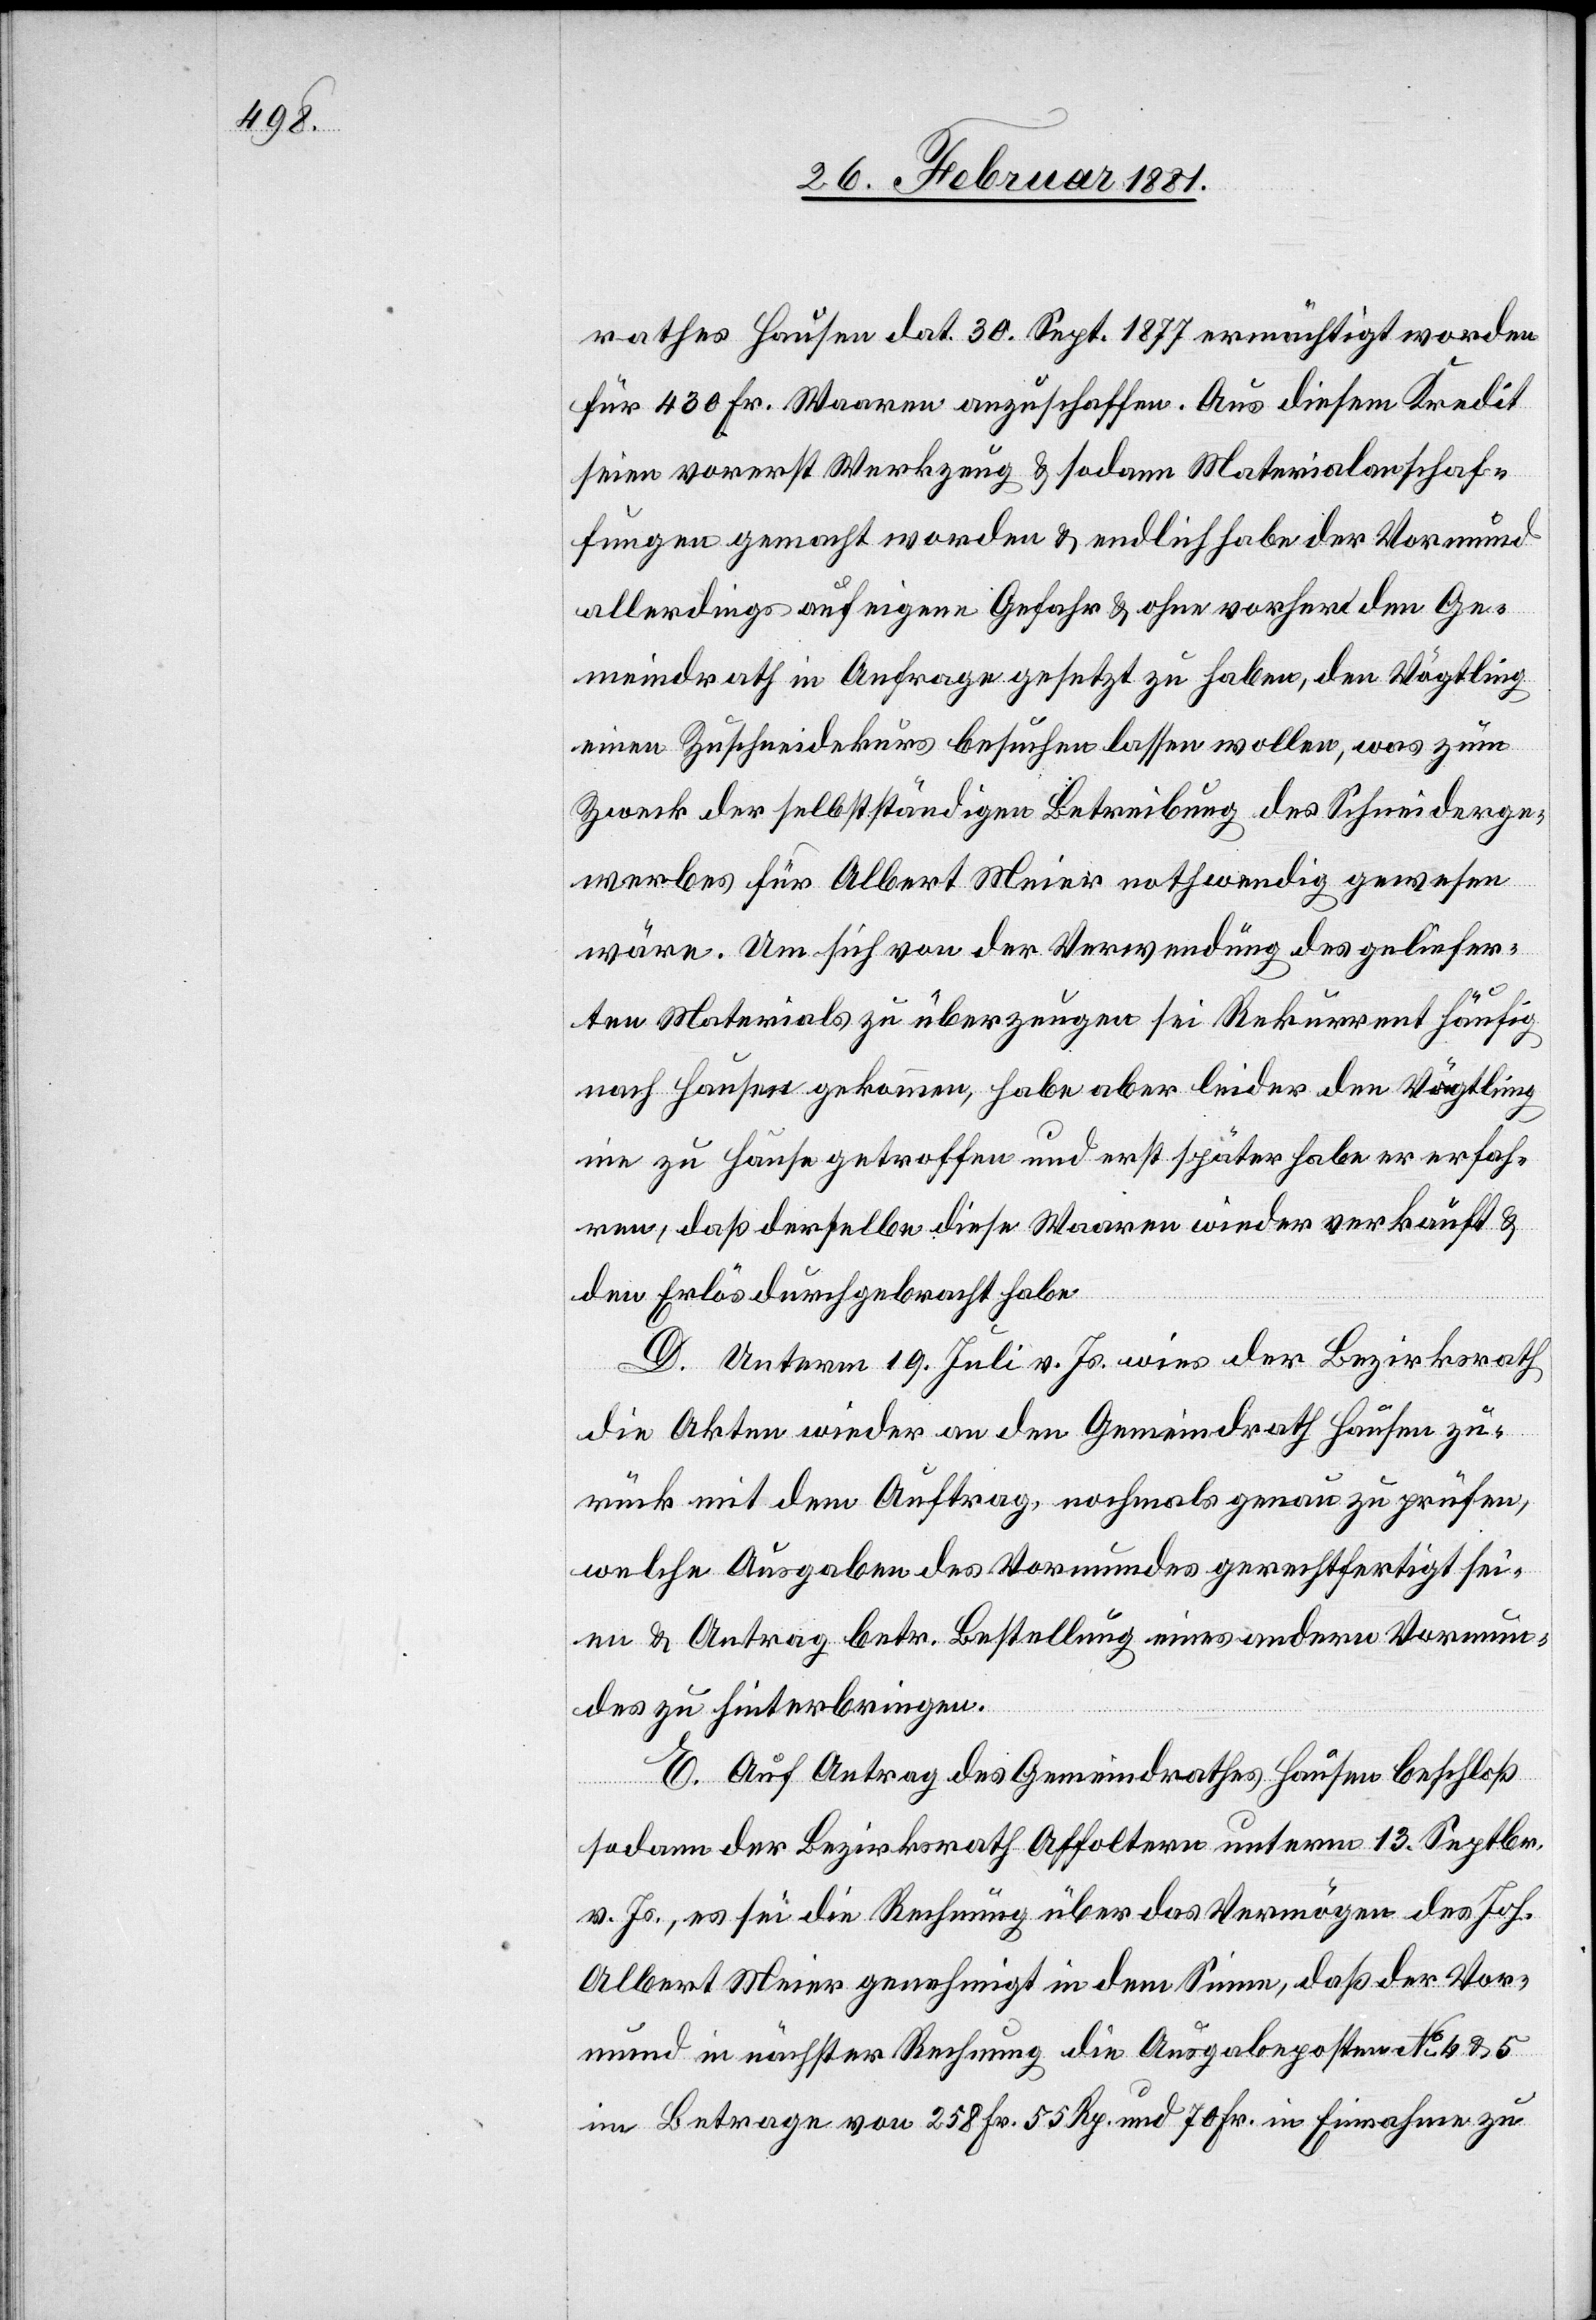
rathes Hausen dat. 30. Sept. 1877 ermächtigt worden
für 430 Fr. Waaren anzuschaffen. Aus diesem Kredit
seien vorerst Werkzeug & sodann Materialanschaf¬
fungen gemacht worden & endlich habe der Vormund
allerdings auf eigene Gefahr & ohne vorher den Ge¬
meindrath in Anfrage gesetzt zu haben, den Vögtling
einen Zuschneidekurs besuchen lassen wollen, was zum
Zweck der selbstständigen Betreibung des Schneiderge¬
werbes für Albert Meier nothwendig gewesen
wäre. Um sich von der Verwendung des geliefer¬
ten Materials zu überzeugen sei Rekurrent häufig
nach Hausen gekommen, habe aber leider den Vögtling
nie zu Hause getroffen und erst später habe er erfah¬
ren, daß derselbe diese Waaren wieder verkauft &
den Erlös durchgebracht habe.
D. Unterm 19. Juli v. Js. wies der Bezirksrath
die Akten wieder an den Gemeindrath Hausen zu¬
rück mit dem Auftrag, nochmals genau zu prüfen,
welche Ausgaben des Vormundes gerechtfertigt sei¬
en & Antrag betr. Bestellung eines andern Vormun¬
des zu hinterbringen.
E. Auf Antrag des Gemeindrathes Hausen beschloß
sodann der Bezirksrath Affoltern unterm 13. Septbr.
v. Js., es sei die Rechnung über das Vermögen des Joh.
Albert Meier genehmigt in dem Sinne, daß der Vor¬
mund in nächster Rechnung die Ausgabeposten No 4 & 5
im Betrage von 258 Fr. 55 Rp. und 70 Fr. in Einnahme zu